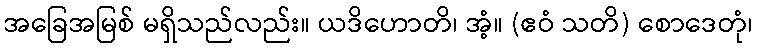
အခြေအမြစ် မရှိသည်လည်း။ ယဒိဟောတိ၊ အံ့။ (ဧဝံ သတိ) စောဒေတုံ၊